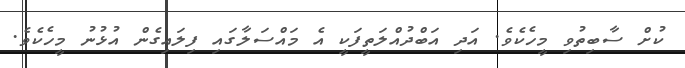
ކުށް ސާބިތުވި މީހެކެވެ. އަދި އަބްދުއްލަތީފަކީ އެ މައްސަލާގައި ފިލައިގެން އުޅުނު މީހެކެވެ.